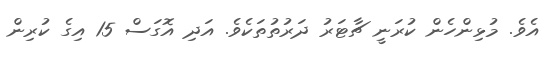
އެވެ. މުޅިންހެން ކުރަނީ ޗާޓަރު ދަރުތުތަކެވެ. އަދި އޮގަސް 15 އިގެ ކުރިން